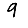
Digit: 9